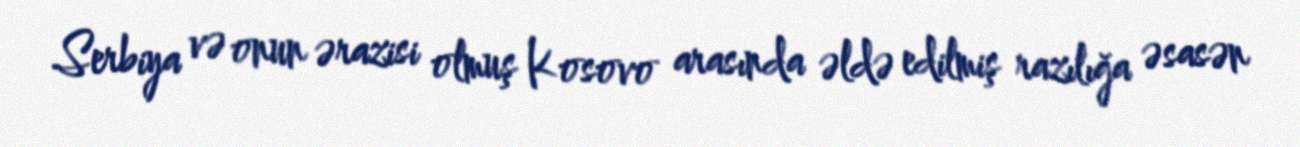
Serbiya və onun ərazisi olmuş Kosovo arasında əldə edilmiş razılığa əsasən